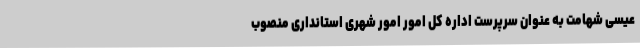
عیسی شهامت به عنوان سرپرست اداره کل امور امور شهری استانداری منصوب